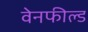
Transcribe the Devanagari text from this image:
वेनफील्ड